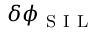
\delta \phi _ { \mathrm { ~ S ~ I ~ L ~ } }